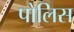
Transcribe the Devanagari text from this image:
पोलिस